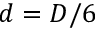
d = D / 6